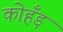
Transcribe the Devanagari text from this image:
कोहँड़